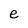
Character: e